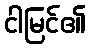
ငါမြင်၏